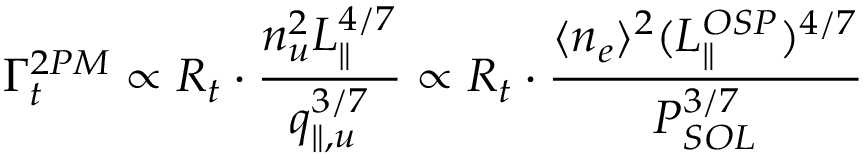
\Gamma _ { t } ^ { 2 P M } \propto R _ { t } \cdot \frac { n _ { u } ^ { 2 } L _ { \parallel } ^ { 4 / 7 } } { q _ { \parallel , u } ^ { 3 / 7 } } \propto R _ { t } \cdot \frac { \langle n _ { e } \rangle ^ { 2 } ( L _ { \parallel } ^ { O S P } ) ^ { 4 / 7 } } { P _ { S O L } ^ { 3 / 7 } }